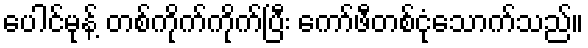
ပေါင်မုန့် တစ်ကိုက်ကိုက်ပြီး ကော်ဖီတစ်ငုံသောက်သည်။